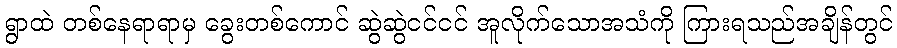
ရွာထဲ တစ်နေရာရာမှ ခွေးတစ်ကောင် ဆွဲဆွဲငင်ငင် အူလိုက်သောအသံကို ကြားရသည်အချိန်တွင်